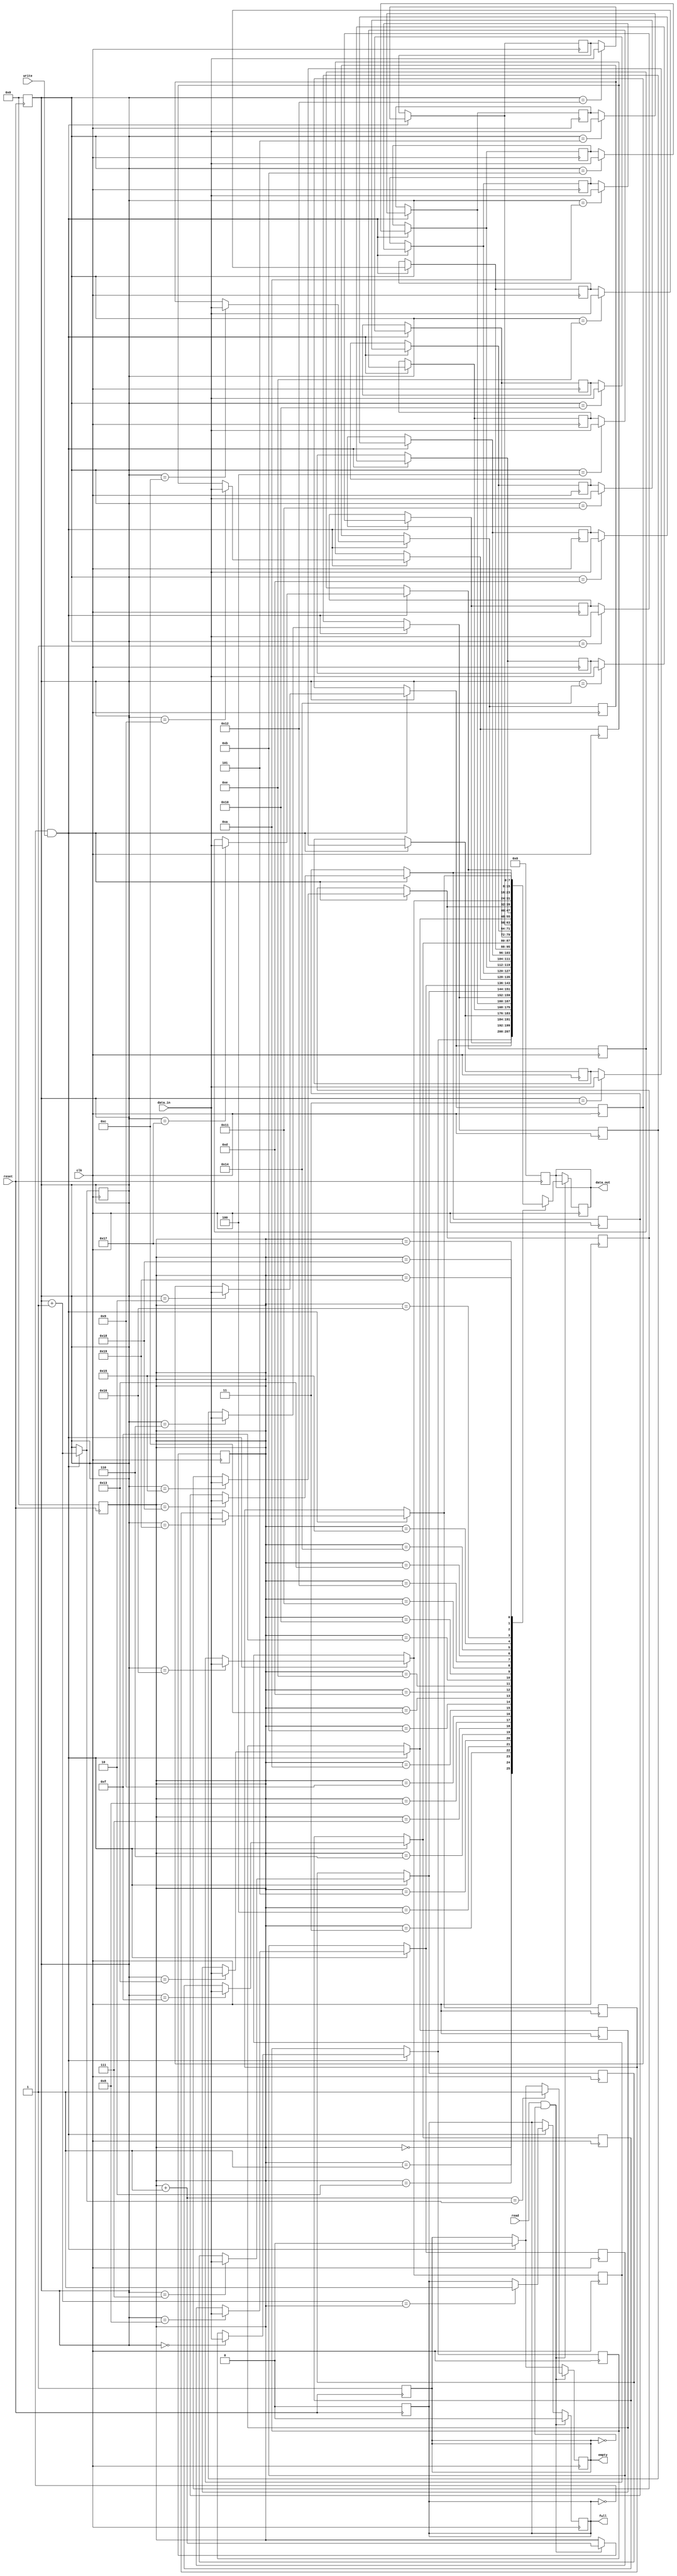
module fifo(clk,reset,write,read,data_in,data_out,empty,full);
  input clk,reset,read,write;
  input [7:0] data_in;
  output reg[7:0] data_out;
  output wire empty,full;
  reg [7:0] ram [0:25];
  reg full_temp,empty_temp;
  reg [4:0] read_ptr,write_ptr;

  
  assign empty=empty_temp;
  assign full=full_temp;
  always @(negedge reset)
    begin 
      data_out<=8'b0;
      full_temp<=0;
      empty_temp<=1;
      read_ptr<=0;
      write_ptr<=0;
    end
    always @(posedge clk)
      begin
        if((full_temp==0) && (write==1))
          begin
	#10
            ram[write_ptr]=data_in;
            empty_temp<=0;
            write_ptr=write_ptr+1;
            if(write_ptr==read_ptr)
              full_temp<=1;
          end
        if((read==1)&&(empty_temp==0))
          begin
            data_out=ram[read_ptr];
            read_ptr=read_ptr+1;
            full_temp<=0;
            if(read_ptr==write_ptr)
              empty_temp<=1;
          end
      end
endmodule